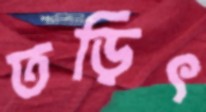
তড়িৎ